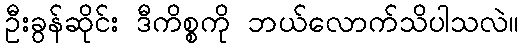
ဦးခွန်ဆိုင်း ဒီကိစ္စကို ဘယ်လောက်သိပါသလဲ။